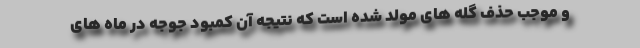
و موجب حذف گله های مولد شده است که نتیجه آن کمبود جوجه در ماه های